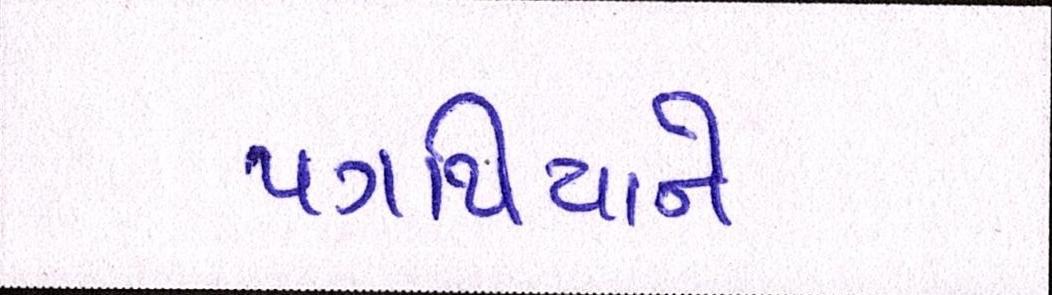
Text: પગથિયાને